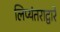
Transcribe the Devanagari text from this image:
लिप्यंतराद्वारे